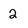
Character: 2